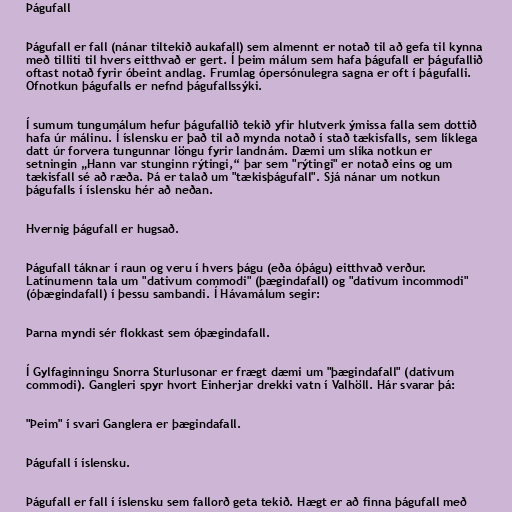
Þágufall

Þágufall er fall (nánar tiltekið aukafall) sem almennt er notað til að gefa til kynna
með tilliti til hvers eitthvað er gert. Í þeim málum sem hafa þágufall er þágufallið
oftast notað fyrir óbeint andlag. Frumlag ópersónulegra sagna er oft í þágufalli.
Ofnotkun þágufalls er nefnd þágufallssýki.

Í sumum tungumálum hefur þágufallið tekið yfir hlutverk ýmissa falla sem dottið
hafa úr málinu. Í íslensku er það til að mynda notað í stað tækisfalls, sem líklega
datt úr forvera tungunnar löngu fyrir landnám. Dæmi um slíka notkun er
setningin „Hann var stunginn rýtingi,“ þar sem "rýtingi" er notað eins og um
tækisfall sé að ræða. Þá er talað um "tækisþágufall". Sjá nánar um notkun
þágufalls í íslensku hér að neðan.

Hvernig þágufall er hugsað.

Þágufall táknar í raun og veru í hvers þágu (eða óþágu) eitthvað verður.
Latínumenn tala um "dativum commodi" (þægindafall) og "dativum incommodi"
(óþægindafall) í þessu sambandi. Í Hávamálum segir:

Þarna myndi sér flokkast sem óþægindafall.

Í Gylfaginningu Snorra Sturlusonar er frægt dæmi um "þægindafall" (dativum
commodi). Gangleri spyr hvort Einherjar drekki vatn í Valhöll. Hár svarar þá:

"Þeim" í svari Ganglera er þægindafall.

Þágufall í íslensku.

Þágufall er fall í íslensku sem fallorð geta tekið. Hægt er að finna þágufall með